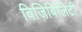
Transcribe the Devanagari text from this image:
विजिबिलिटी